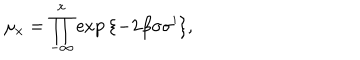
\mu _ { x } = \prod _ { - \infty } ^ { x } \exp { \{ - 2 \beta \sigma \sigma ^ { \prime } \} } ,